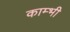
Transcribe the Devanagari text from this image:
काम्भी